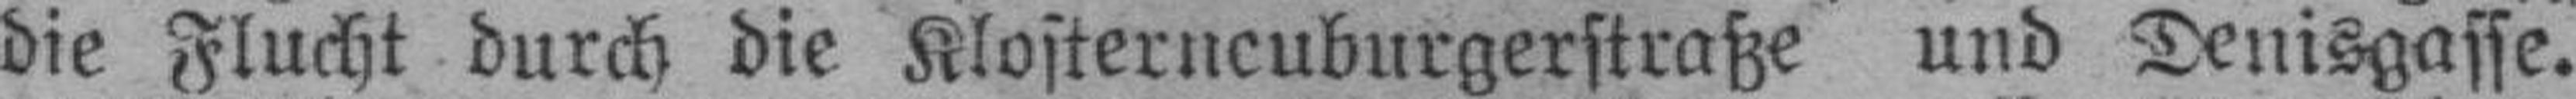
die Flucht durch die Klosterneuburgerstraße und Denisgasse.